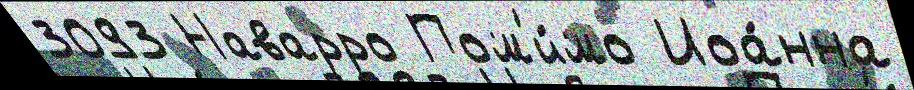
3093 Наварро Пом'и́мо Иоа́нна